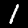
Digit: 1